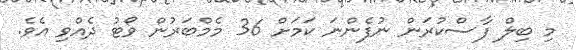
މި ބިލް ފާސްކުރަން ނުފެންނަ ކަމަށް 36 މެމްބަރުން ވޯޓު ދެއްވި އެވެ.